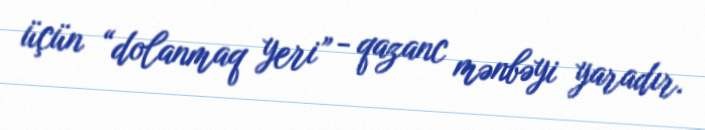
üçün “dolanmaq yeri” - qazanc mənbəyi yaradır.